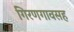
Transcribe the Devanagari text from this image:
गिरणगावसह